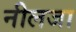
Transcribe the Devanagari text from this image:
नीलजा